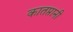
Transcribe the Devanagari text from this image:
कातप्तानी